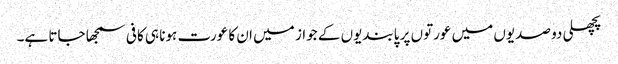
پچھلی دو صدیوں میں عورتوں پر پابندیوں کے جواز میں ان کا عورت ہونا ہی کافی سمجھا جاتا ہے۔